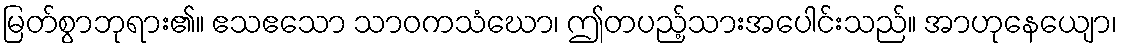
မြတ်စွာဘုရား၏။ ဧသဧသော သာဝကသံဃော၊ ဤတပည့်သားအပေါင်းသည်။ အာဟုနေယျော၊